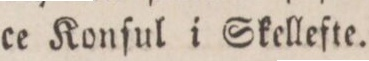
ce Konſul i Skellefte.